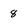
Character: 8